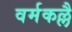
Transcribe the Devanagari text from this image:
वर्मकल्लै